Annual report on the Civil Veterinary Department, Burma (including the Insein Veterinary School) - 1932-1941
Year: 1932
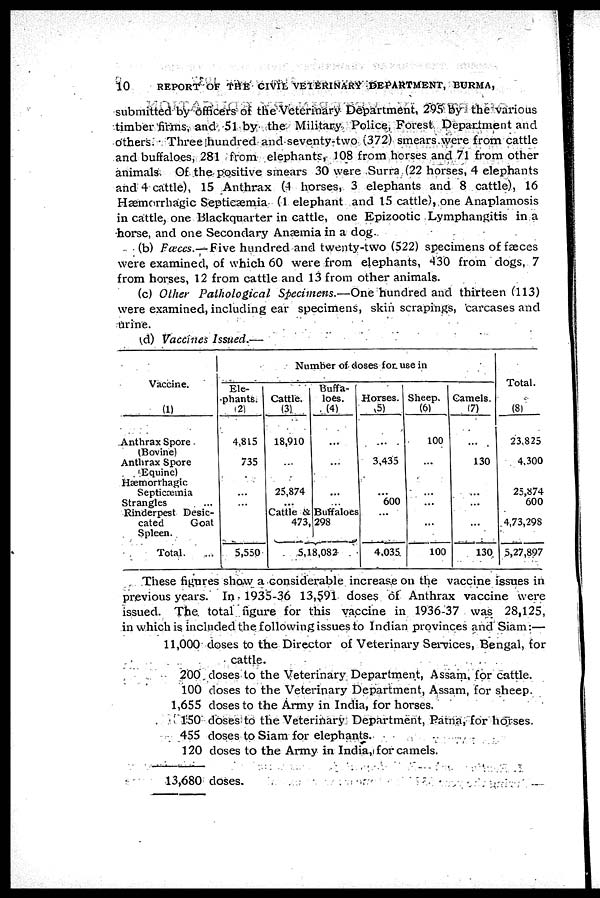
10
REPORT OF THE CIVIL VETERINARY DEPARTMENT, BURMA,
submitted by officers of the Veterinary Department, 295 by the various
timber firms, and 51 by the Military Police, Forest Department and
others. Three hundred and seventy-two (372) smears were from cattle
and buffaloes, 281 from elephants, 108 from horses and 71 from other
animals. Of the positive smears 30 were Surra (22 horses, 4 elephants
and 4 cattle), 15 Anthrax (4 horses, 3 elephants and 8 cattle), 16
Hæmorrhagic Septicæmia (1 elephant and 15 cattle), one Anaplamosis
in cattle, one Blackquarter in cattle, one Epizootic Lymphangitis in a
horse, and one Secondary Anæmia in a dog.
(b) Fæces.—Five hundred and twenty-two (522) specimens of fæces
were examined, of which 60 were from elephants, 430 from dogs, 7
from horses, 12 from cattle and 13 from other animals.
(c) Other Pathological
Specimens.—One hundred and thirteen (113)
were examined, including ear specimens, skin scrapings, carcases and
urine.
(d) Vaccines Issued.—
Vaccine.
(1)
Anthrax Spore
(Bovine)
Anthrax Spore
(Equine)
Hæmorrhagic
Septicæmia
Strangles
Rinderpest Desic-
cated
Goat
Spleen.
Total. ...
Number of doses for use in
Ele-
phants.
(2)
4,815
735
...
...
5,550
Cattle.
(3)
18,910
...
25,874
...
Buffa-
loes.
(4)
...
...
...
...
Cattle & Buffaloes
473, 298
5,18,082
Horses.
(5)
...
3,435
...
600
...
4,035.
Sheep.
(6)
100
...
...
...
...
100
Camels
(7)
...
130
...
...
...
130
Total.
(8)
23,825
4,300
25,874
600
4,73,298
5,27,897
These figures show a considerable increase on the vaccine issues in
previous years. In 1935-36 13,591 doses of Anthrax vaccine were
issued. The total figure for this vaccine in 1936-37 was 28,125,
in which is included the following issues to Indian provinces and Siam:—
11,000
200
100
1,655
150
455
120
13,680
doses to the Director of Veterinary Services, Bengal, for
cattle.
closes to the Veterinary Department, Assam, for cattle.
closes to the Veterinary Department, Assam, for sheep.
closes to the Army in India, for horses.
doses to the Veterinary Department, Patna, for horses.
closes to Siam for elephants.
doses to the Army in India, for camels.
doses.